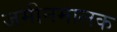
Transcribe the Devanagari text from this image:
जमीनमालक